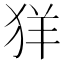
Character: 𦍕